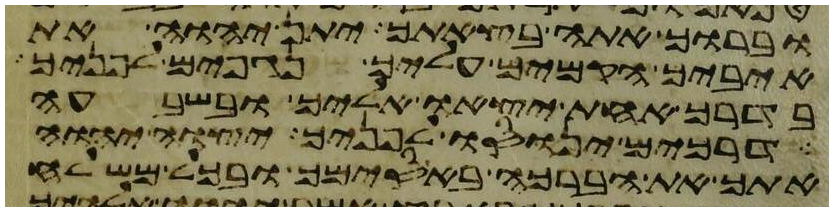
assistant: וברוך אתה בצאתך יתן יהוה את
איביך הקמים עליך נגפים לפניך
בדרך אחת יצאו אליך ובשבעה
דרכים ינוסו לפניך יצוה יהוה
אתך את הברכה באסימך ובכל משלח